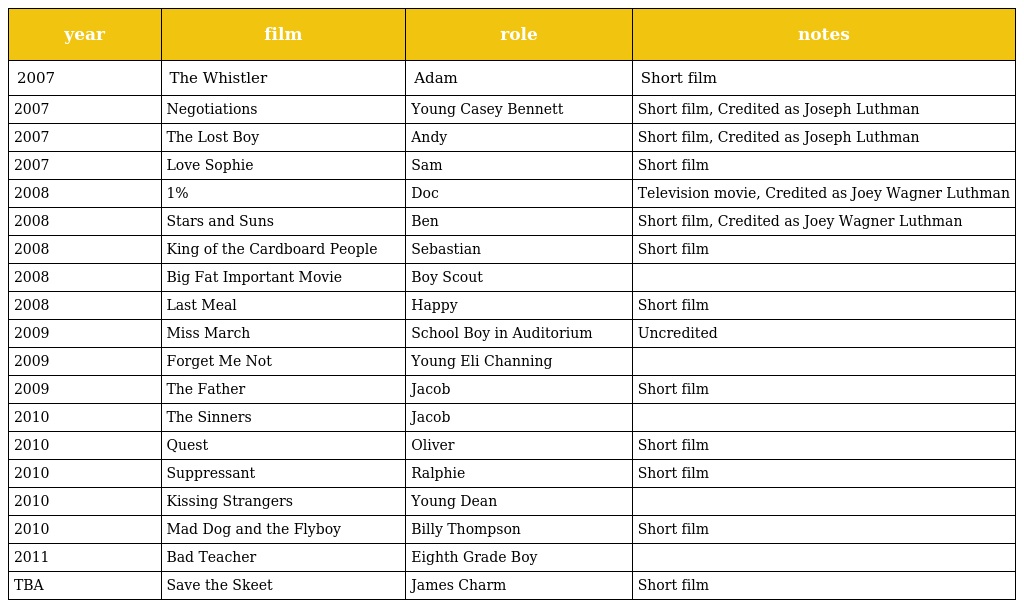
| year | film | role | notes |
 | --- | --- | --- | --- |
 | 2007 | The Whistler | Adam | Short film |
 | 2007 | Negotiations | Young Casey Bennett | Short film, Credited as Joseph Luthman |
 | 2007 | The Lost Boy | Andy | Short film, Credited as Joseph Luthman |
 | 2007 | Love Sophie | Sam | Short film |
 | 2008 | 1% | Doc | Television movie, Credited as Joey Wagner Luthman |
 | 2008 | Stars and Suns | Ben | Short film, Credited as Joey Wagner Luthman |
 | 2008 | King of the Cardboard People | Sebastian | Short film |
 | 2008 | Big Fat Important Movie | Boy Scout |  |
 | 2008 | Last Meal | Happy | Short film |
 | 2009 | Miss March | School Boy in Auditorium | Uncredited |
 | 2009 | Forget Me Not | Young Eli Channing |  |
 | 2009 | The Father | Jacob | Short film |
 | 2010 | The Sinners | Jacob |  |
 | 2010 | Quest | Oliver | Short film |
 | 2010 | Suppressant | Ralphie | Short film |
 | 2010 | Kissing Strangers | Young Dean |  |
 | 2010 | Mad Dog and the Flyboy | Billy Thompson | Short film |
 | 2011 | Bad Teacher | Eighth Grade Boy |  |
 | TBA | Save the Skeet | James Charm | Short film |